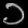
Digit: ၁